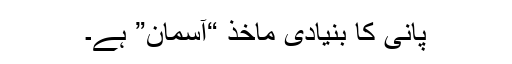
پانی کا بنیادی ماخذ “آسمان” ہے۔